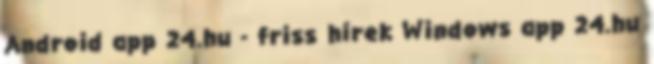
Android app 24.hu - friss hírek Windows app 24.hu